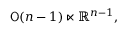
{ \mathsf { O } } ( n - 1 ) \ltimes \mathbb { R } ^ { n - 1 } ,